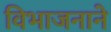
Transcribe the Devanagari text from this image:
विभाजनाने